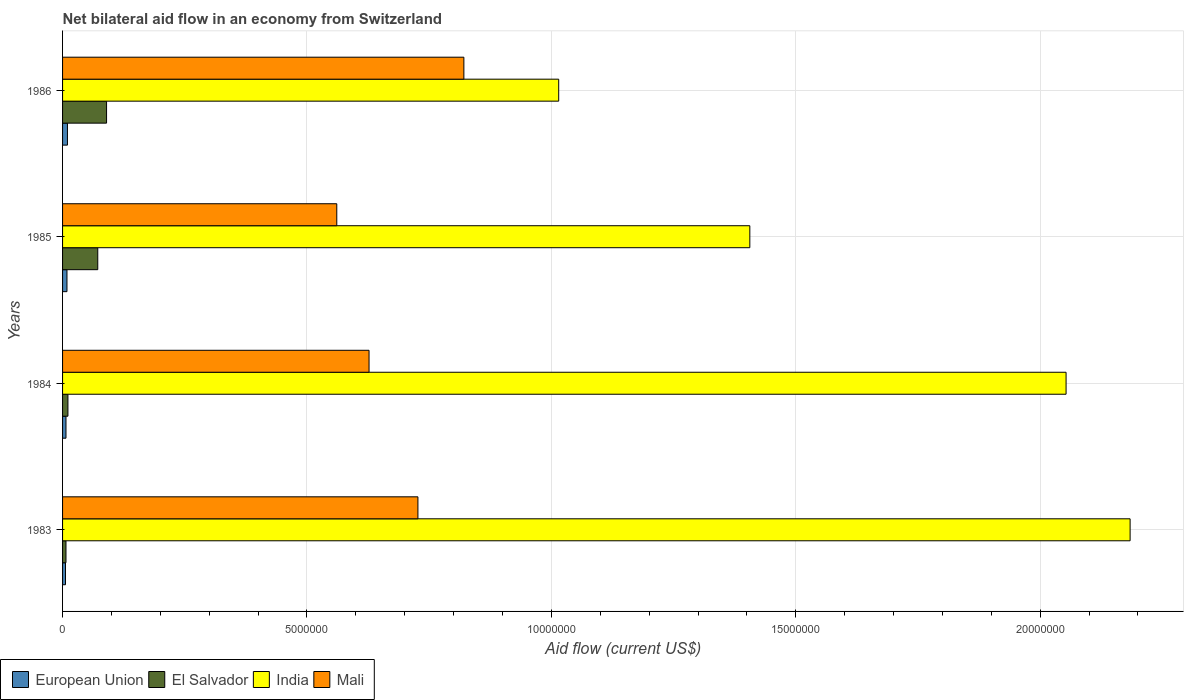
| Years | European Union | El Salvador | India | Mali |
 | --- | --- | --- | --- | --- |
 | 1983 | 6e+04 | 7e+04 | 2.18e+07 | 7.27e+06 |
 | 1984 | 7e+04 | 1.1e+05 | 2.05e+07 | 6.27e+06 |
 | 1985 | 9e+04 | 7.2e+05 | 1.41e+07 | 5.61e+06 |
 | 1986 | 1e+05 | 9e+05 | 1.02e+07 | 8.21e+06 |